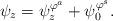
LaTeX: \begin{align*}\psi_z=\psi_z^{\varphi^a}+\psi_0^{\varphi^s}.\end{align*}